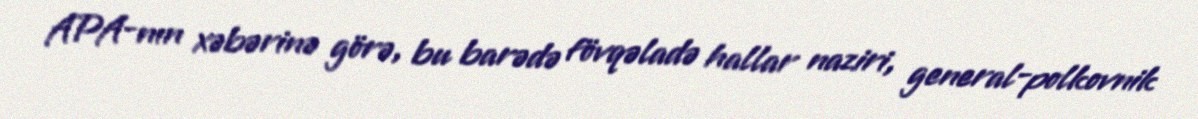
APA-nın xəbərinə görə, bu barədə fövqəladə hallar naziri, general-polkovnik